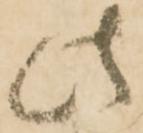
此